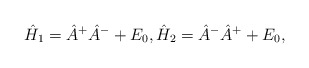
\begin{align*} \hat{H}_1 = \hat{A}^+ \hat{A}^- + E_0, \hat{H}_2 = \hat{A}^- \hat{A}^+ + E_0,\end{align*}